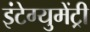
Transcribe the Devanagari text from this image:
इंटेग्युमेंट्री